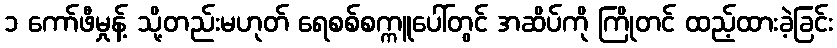
၁ ကော်ဖီမှုန့် သို့တည်းမဟုတ် ရေစစ်စက္ကူပေါ်တွင် အဆိပ်ကို ကြိုတင် ထည့်ထားခဲ့ခြင်း